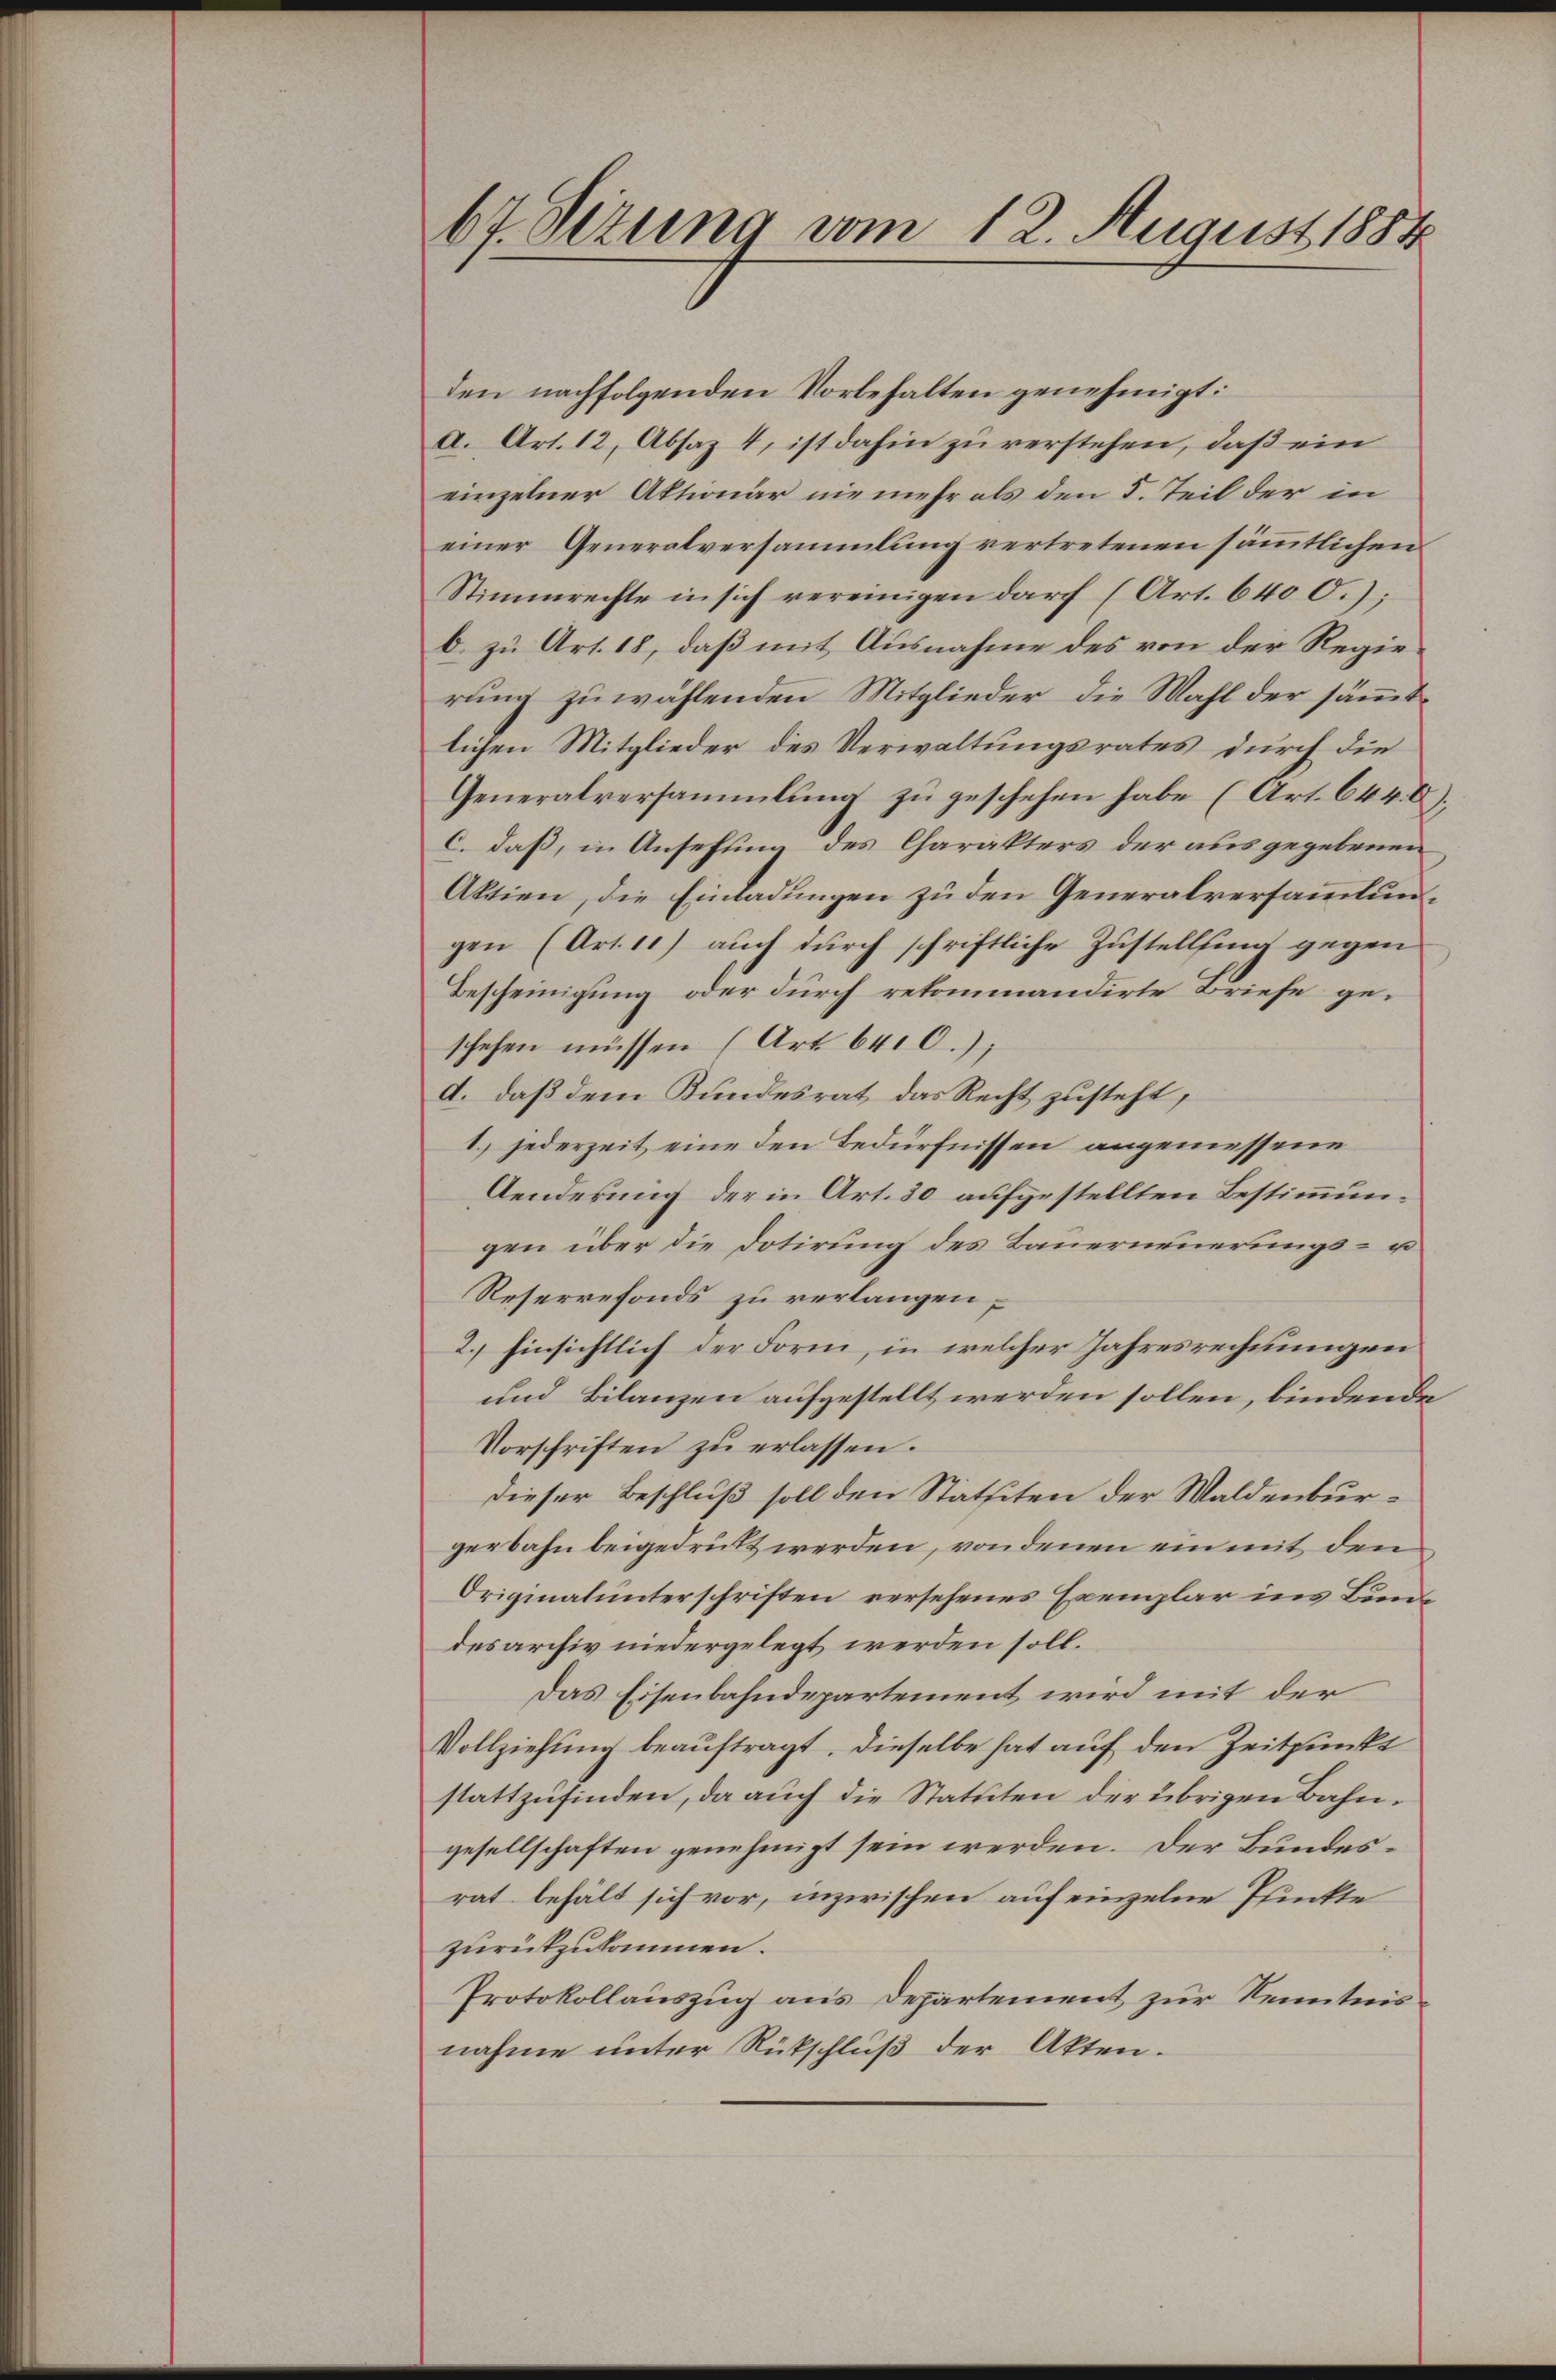
67. Sezung vom 12. August 1884

den nachfolgenden Vorbehalten genehmigt:
a. Art. 12, Absaz 4, ist dahin zu verstehen, daß ein
einzelner Aktionar nie mehr als den 5. Teil der in
einer Generalversammlung vertretenen sämmtlichen
Stimmrechte in sich vereinigen darf (Art. 640 O.);
b. zu Art. 18, daß mit Ausnahme des von der Regierung zuwählenden Mitglieder die Wahl der sämmtlichen Mitglieder des Verwaltungsrates durch die
Generalversammlung zu geschehen habe (Art. 644. 0),
c. daß, in Ansehung des Charakters der ausgegebenen
Aktien, die Einladungen zu den Generalversammlungen (Art. 11) auch durch schriftliche Zustellung gegen
Bescheinigung oder durch retommandirte Briefe geschehen müssen (Art. 640.);
d. daß dem Bundesrat das Recht zusteht,
1.) jederzeit eine den Bedürfnissen angemessene
Aenderung der in Art. 30 aufgestellten Bestimmungen über die Dotirung des Bauerneuerungs- u
Reserrefonds zu verlangen;
2.) Einsichtlich der Form, in welcher Jahresrechnungen
und Bilanzen aufgestellt werden sollen, bindende
Vorschriften zu erlassen.
dieser Beschluß soll den Statteten der Waldenburgerbahn beigedrükt werden, von denen ein mit den
Originalunterschriften versehenes Exemplar ins Bundesarchiv niedergelegt werden soll.
Das Eisenbahndepartement wird mit der
Vollziehung beauftragt. Dieselbe hat auf den Zeitpunkt
stattzufinden, da auch die Statuten der übrigen Bahngesellschaften genehmigt sein werden. Der Bundesrat behält sich vor, inzwischen auf einzelne Punkte
zurückzukommen.
Protokollauszug aus Departement zur Kenntnisnahme unter Rückschluß der Akten.